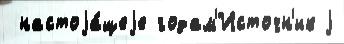
 настоjа́щеjе годам'Источн'ик j